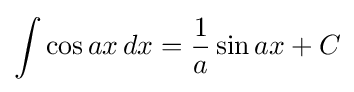
\int \cos ax\,dx={\frac {1}{a}}\sin ax+C